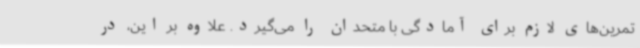
تمرین‌های لازم برای آمادگی با متحدان را می‌گیرد. علاوه بر این، در